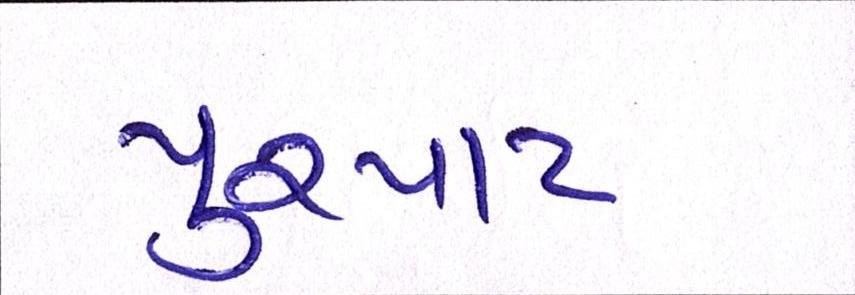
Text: પુરપાટ